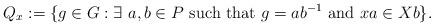
LaTeX: \begin{align*} Q_{x}:= \{g\in G: \exists ~a,b \in P \textrm{~such that~} g=ab^{-1} \textrm{~and~} xa \in Xb\}. \end{align*}